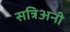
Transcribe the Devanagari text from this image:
सत्रिअनी